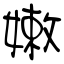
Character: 嫩